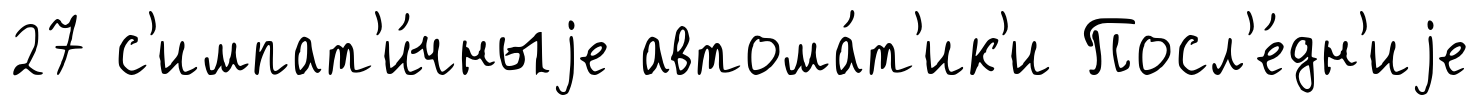
27 с'импат'и́чныjе автома́т'ик'и Посл'е́дн'иjе